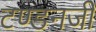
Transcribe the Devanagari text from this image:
टण्डनजी